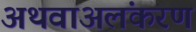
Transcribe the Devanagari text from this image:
अथवाअलंकरण